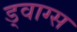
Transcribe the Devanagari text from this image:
ड्वाग्स